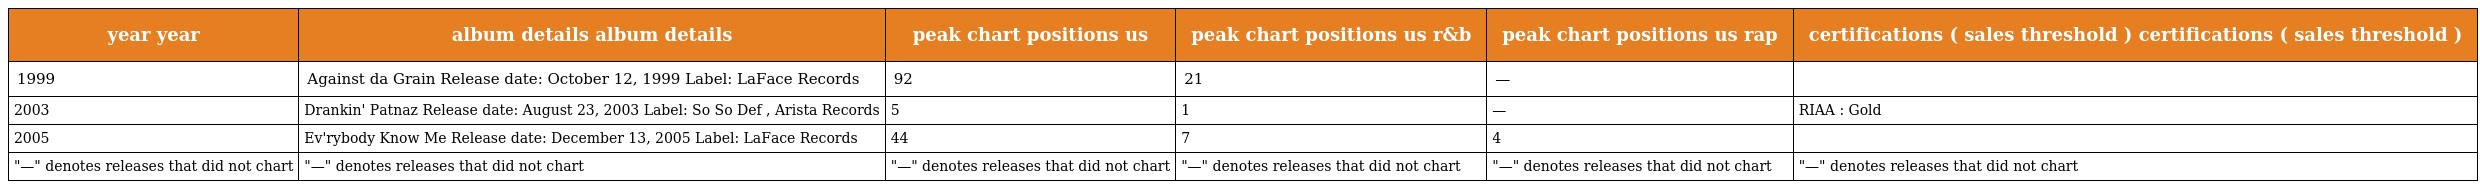
| year year | album details album details | peak chart positions us | peak chart positions us r&b | peak chart positions us rap | certifications ( sales threshold ) certifications ( sales threshold ) |
 | --- | --- | --- | --- | --- | --- |
 | 1999 | Against da Grain Release date: October 12, 1999 Label: LaFace Records | 92 | 21 | — |  |
 | 2003 | Drankin' Patnaz Release date: August 23, 2003 Label: So So Def , Arista Records | 5 | 1 | — | RIAA : Gold |
 | 2005 | Ev'rybody Know Me Release date: December 13, 2005 Label: LaFace Records | 44 | 7 | 4 |  |
 | "—" denotes releases that did not chart | "—" denotes releases that did not chart | "—" denotes releases that did not chart | "—" denotes releases that did not chart | "—" denotes releases that did not chart | "—" denotes releases that did not chart |